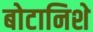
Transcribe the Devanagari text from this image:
बोटानिशे